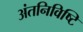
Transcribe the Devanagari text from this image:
अंतनिविष्टि